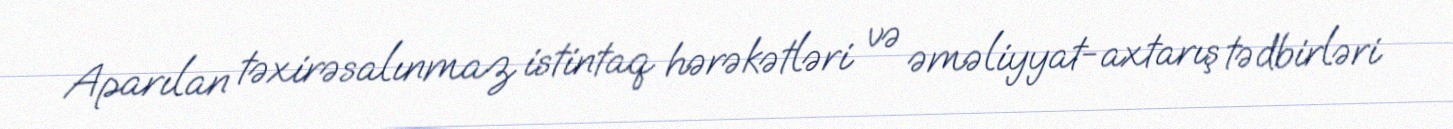
Aparılan təxirəsalınmaz istintaq hərəkətləri və əməliyyat-axtarış tədbirləri